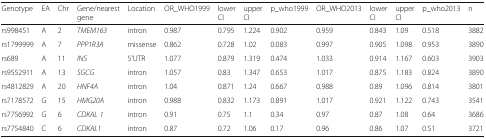
<table><thead><tr><td><b>Genotype</b></td><td><b>EA</b></td><td><b>Chr</b></td><td><b>Gene/nearest gene</b></td><td><b>Location</b></td><td><b>OR_WHO1999</b></td><td><b>lower CI</b></td><td><b>upper CI</b></td><td><b>p_who1999</b></td><td><b>OR_WHO2013</b></td><td><b>lower CI</b></td><td><b>upper CI</b></td><td><b>p_who2013</b></td><td><b>n</b></td></tr></thead><tbody><tr><td>rs998451</td><td>A</td><td>2</td><td><i>TMEM163</i></td><td>intron</td><td>0.987</td><td>0.795</td><td>1.224</td><td>0.902</td><td>0.959</td><td>0.843</td><td>1.09</td><td>0.518</td><td>3882</td></tr><tr><td>rs1799999</td><td>A</td><td>7</td><td><i>PPP1R3A</i></td><td>missense</td><td>0.862</td><td>0.728</td><td>1.02</td><td>0.083</td><td>0.997</td><td>0.905</td><td>1.098</td><td>0.953</td><td>3890</td></tr><tr><td>rs689</td><td>A</td><td>11</td><td><i>INS</i></td><td>5’UTR</td><td>1.077</td><td>0.879</td><td>1.319</td><td>0.474</td><td>1.033</td><td>0.914</td><td>1.167</td><td>0.603</td><td>3903</td></tr><tr><td>rs9552911</td><td>A</td><td>13</td><td><i>SGCG</i></td><td>intron</td><td>1.057</td><td>0.83</td><td>1.347</td><td>0.653</td><td>1.017</td><td>0.875</td><td>1.183</td><td>0.824</td><td>3890</td></tr><tr><td>rs4812829</td><td>A</td><td>20</td><td><i>HNF4A</i></td><td>intron</td><td>1.04</td><td>0.871</td><td>1.24</td><td>0.667</td><td>0.988</td><td>0.89</td><td>1.096</td><td>0.814</td><td>3801</td></tr><tr><td>rs7178572</td><td>G</td><td>15</td><td><i>HMG20A</i></td><td>intron</td><td>0.988</td><td>0.832</td><td>1.173</td><td>0.891</td><td>1.017</td><td>0.921</td><td>1.122</td><td>0.743</td><td>3541</td></tr><tr><td>rs7756992</td><td>G</td><td>6</td><td><i>CDKAL 1</i></td><td>intron</td><td>0.91</td><td>0.75</td><td>1.1</td><td>0.34</td><td>0.97</td><td>0.87</td><td>1.08</td><td>0.64</td><td>3686</td></tr><tr><td>rs7754840</td><td>C</td><td>6</td><td><i>CDKAL1</i></td><td>intron</td><td>0.87</td><td>0.72</td><td>1.06</td><td>0.17</td><td>0.96</td><td>0.86</td><td>1.07</td><td>0.51</td><td>3721</td></tr></tbody></table>